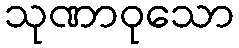
သုဏာဝုသော